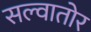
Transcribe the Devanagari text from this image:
सल्वातोर